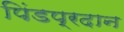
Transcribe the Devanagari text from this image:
पिंडप्रदान